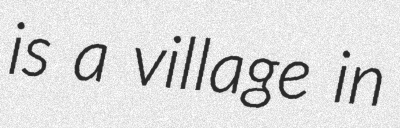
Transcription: is a village in